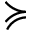
\succcurlyeq